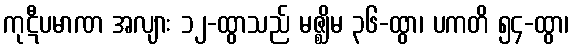
ကုဋီပမာဏ အလျား ၁၂-ထွာသည် မဇ္ဈိမ ၃၆-ထွာ၊ ပကတိ ၅၄-ထွာ၊